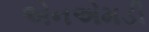
એનએમડી